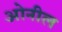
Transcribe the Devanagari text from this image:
ओनील